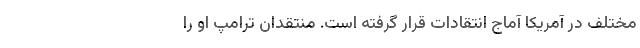
مختلف در آمریکا آماج انتقادات قرار گرفته است. منتقدان ترامپ او را